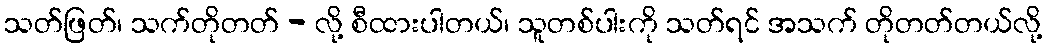
သတ်ဖြတ်၊ သက်တိုတတ် - လို့ စီထားပါတယ်၊ သူတစ်ပါးကို သတ်ရင် အသက် တိုတတ်တယ်လို့